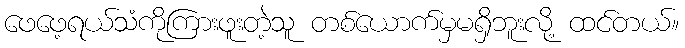
ဖေဖေ့ရယ်သံကိုကြားဖူးတဲ့သူ တစ်ယောက်မှမရှိဘူးလို့ ထင်တယ်။